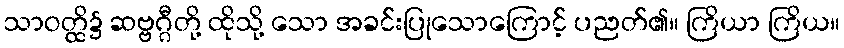
သာဝတ္ထိ၌ ဆဗ္ဗဂ္ဂီတို့ ထိုသို့ သော အခင်းပြုသောကြောင့် ပညတ်၏။ ကြိယာ ကြိယ။